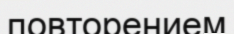
повторением